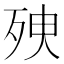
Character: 𣧴